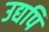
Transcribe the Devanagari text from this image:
उद्यपि